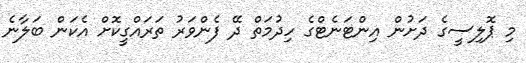
މި ޕޮލިސީގެ ދަށުން އިންޓަނެޓްގެ ހިދުމަތް ދޭ ފެންވަރު ތަރައްގީކޮށް އެކަން ބަލާނެ